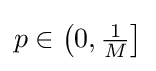
p\in {\bigl (}0,{\tfrac {1}{M}}{\bigr ]}